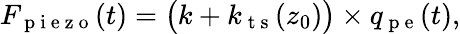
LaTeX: F_{\mathrm{~p~i~e~z~o~}}(t)=\big(k+k_{\mathrm{~t~s~}}(z_{0})\big)\times q_{\mathrm{~p~e~}}(t),